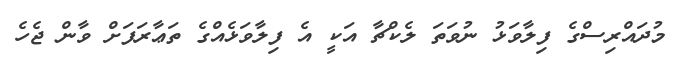
މުދައްރިސްގެ ފިލާވަޅު ނުވަތަ ލެކްޗާ އަކީ އެ ފިލާވަޅެއްގެ ތަޢާރަފަށް ވާން ޖެހެ